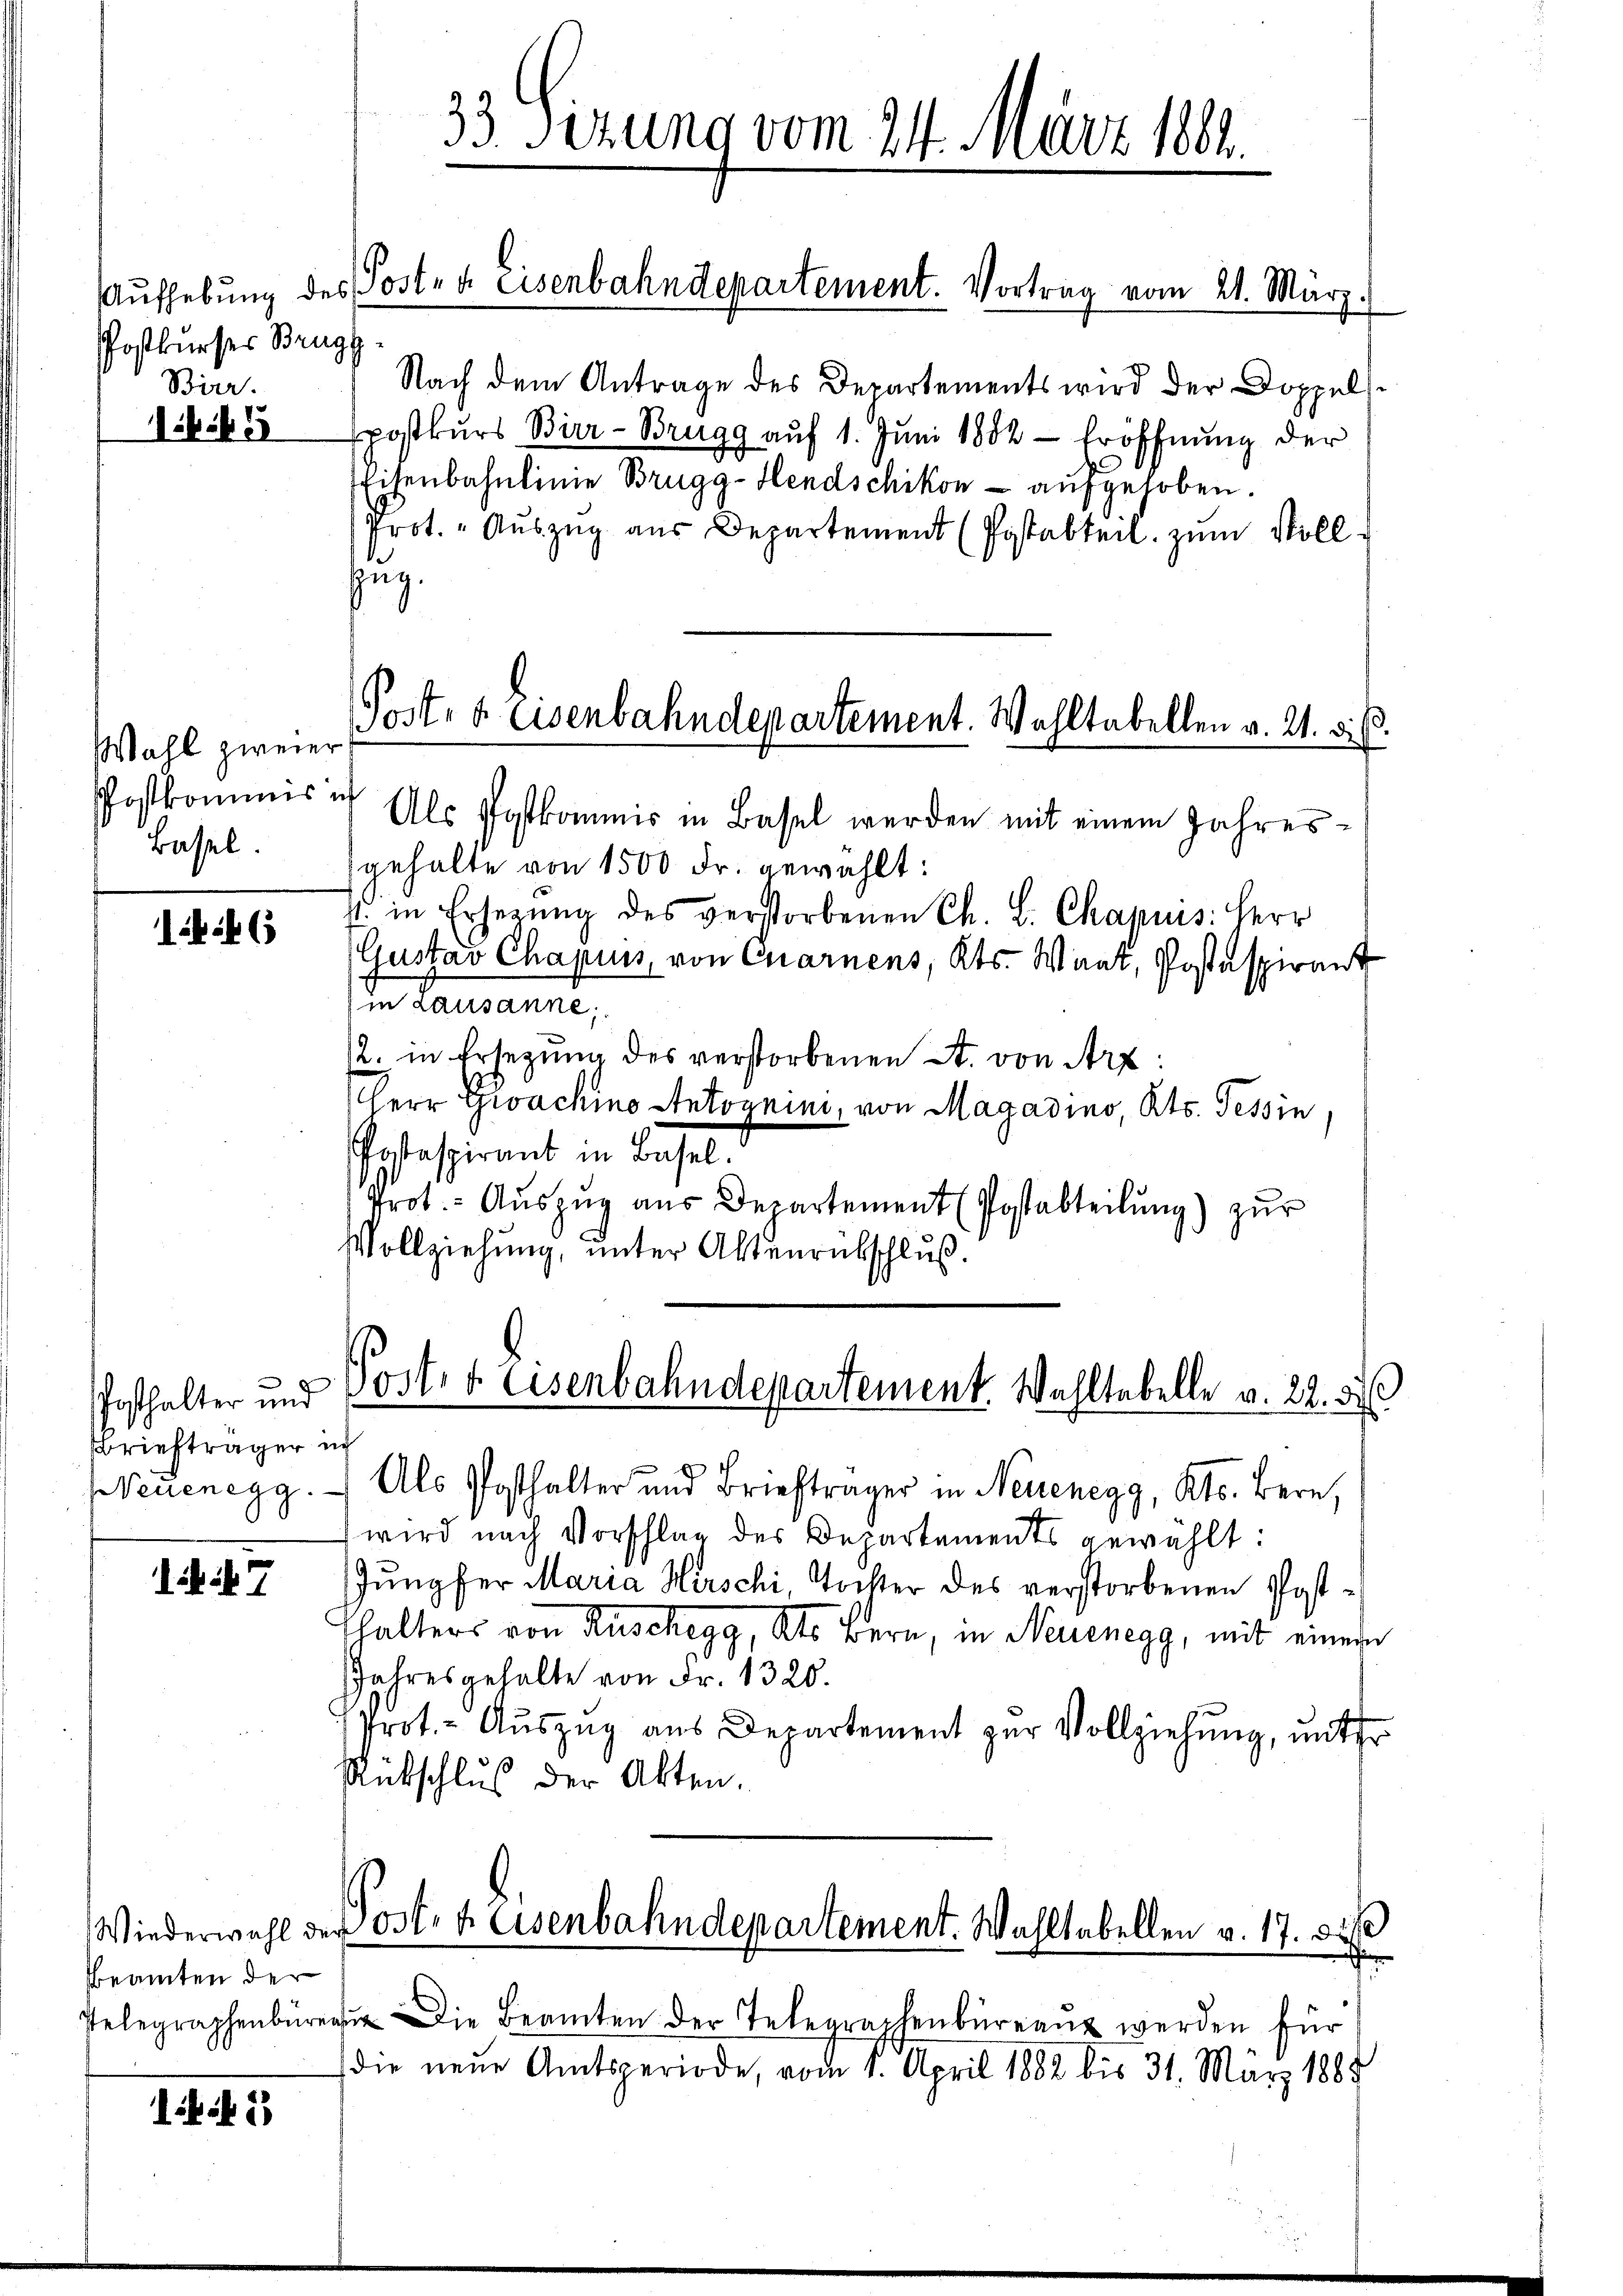
Postkurses Brugg
Bier.

45

Wahl zweier
Postkommis in
Bassel.

6

hosthalter und
Briefträgeri
euenegg.

ik. 7

Beamten der

if. 1

Nach dem Antrage des Departements wird der Doppelspostkŭrs Bier-Brugg aŭf 1. Jŭni 1882 - Eröffnŭng der
Eisenbahnlinie Brugg-Hendschikon - aufgehoben.
Prot. " Aŭszŭg aŭs Departement (Postabteil zum Vollzug.

33. Sizung vom 24. März 1862.

Aŭfhebung des Postea Eisenbahndepartement. Vortrag vom 21. März.

Post- & Eisenbahndepartement. Wahltabellen v. 21. ds.

Post- & Eisenbahndepartement. Wahltabelle v. 22. d
i
Als Posthalter und Briefträger in Neuenegg, Kts. Bern,

Wiederwahl der Post- 4. Eisenbahndepartement. Wahltabellen v. 17. bis

Pelegraphen Die Beamten der Telegraphenbüreaŭ werden für
die neue Amtsperiode, vom 1. April 1882 bis 31. März 1888

Als Postkommis in Basel werden mit einem Jahresgehalte von 1500 Fr. gewählt:
J. in Erherŭng des verstorbenen Ch. L. Chapuis: Herr
Gustav Chapuis, von Quarnens, Kts. Waat, Postaspirant
in Lausanne;
/2. in Ersetzung des verstorbenen A. von Art:
Herr Groachine Antoynini, von Magadino, Kts. Tessin,
Pestaspirant in Basel
Prot. - Aŭszŭg aŭs Departement (Postabteilŭng) zŭr
Vollziehung, unter Altenrübschluß.

wird nach Vorschlag des Departements gewählt:
Jungfer Maria Hirschi, Tochter des verstorbenen Posthalters von Ruschegg, Als Bern, in Neuenegg, mit einem
Jahresgehalte von Fr. 1320.
Prot.- Aŭszŭg aŭs Departement zŭr Vollziehung, unter
Rütschluß der Akten.